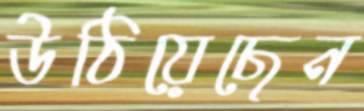
উঠিয়েছেন